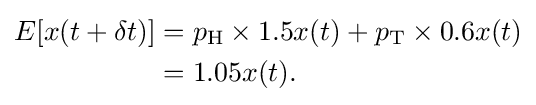
{\begin{aligned}E[x(t+\delta t)]&=p_{\text{H}}\times 1.5x(t)+p_{\text{T}}\times 0.6x(t)\\&=1.05x(t).\end{aligned}}